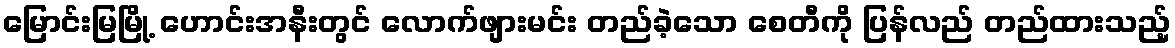
မြောင်းမြမြို့ ဟောင်းအနီးတွင် လောက်ဖျားမင်း တည်ခဲ့သော စေတီကို ပြန်လည် တည်ထားသည့်